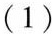
(1)